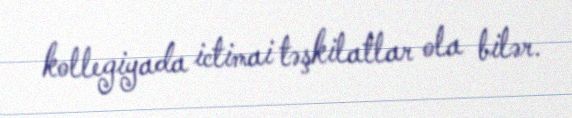
kollegiyada ictimai təşkilatlar ola bilər.